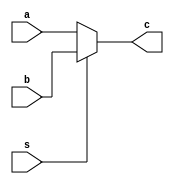
module Mux (a,b,s,c);

    input [31:0]a,b;
    input s;
    output [31:0]c;

    assign c = (~s) ? a : b ;
    
endmodule